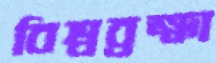
বিশ্বব্রহ্মা